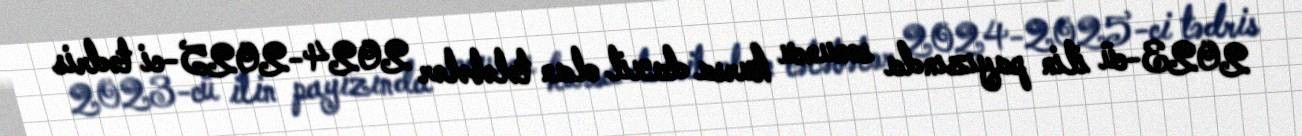
2023-cü ilin payızında sonuncu kursa daxil olan tələbələr 2024-2025-ci tədris